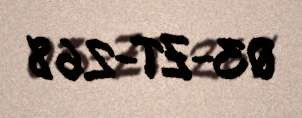
03-ZT-268